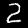
Digit: 2